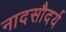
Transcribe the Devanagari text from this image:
नादसौदर्य